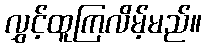
လွှင့်ထူကြလိမ့်မည်။